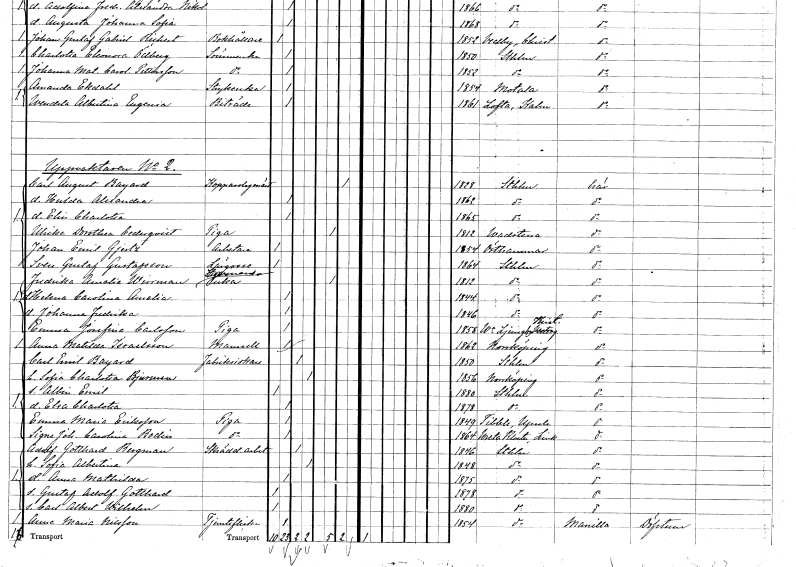
gt_parse: households: individuals: FN: Carl August
EN: Bayard
YRKE: Kopparslagaremästare
KON: M
CIV: X
FODAR: 1828
FODFORS: Stockholm
FN: Hulda Alexandra
KON: K
CIV: O
FODAR: 1862
FODFORS: Stockholm
FN: Elin Charlotta
KON: K
CIV: O
FODAR: 1865
FODFORS: Stockholm
FN: Ulrika Dorothea
EN: Cederqvist
YRKE: Piga
KON: K
CIV: E
FODAR: 1812
FODFORS: Vadstena Östergötlands län
FN: Johan Emil
EN: Gjertz
YRKE: Arbetare
KON: M
CIV: O
FODAR: 1854
FODFORS: Östhammar Uppsala län
FN: Sven Gustaf
EN: Gustafsson
YRKE: Lärgosse
KON: M
CIV: O
FODAR: 1864
FODFORS: Stockholm
FN: Fredrika Amalia
EN: Wirrman
YRKE: Styrmansänka
KON: K
CIV: E
FODAR: 1812
FODFORS: Stockholm
FN: Helena Carolina Amalia
KON: K
CIV: O
FODAR: 1844
FODFORS: Stockholm
FN: Johanna Fredrika
KON: K
CIV: O
FODAR: 1846
FODFORS: Stockholm
FN: Emma Josefina
EN: Carlsson
YRKE: Piga
KON: K
CIV: O
FODAR: 1858
FODFORS: Västra Ljungby Kristianstads län
FN: Anna Matilda
EN: Israelsson
KON: K
CIV: O
FODAR: 1862
FODFORS: Norrköping Östergötlands län
FN: Carl Emil
EN: Bayard
YRKE: Fabriksidkare
KON: M
CIV: G
FODAR: 1850
FODFORS: Stockholm
FN: Sofia Charlotta
EN: Bjurman
KON: K
CIV: G
FODAR: 1856
FODFORS: Norrköping Östergötlands län
FN: Albin Emil
KON: M
CIV: O
FODAR: 1880
FODFORS: Stockholm
FN: Elsa Charlotta
KON: K
CIV: O
FODAR: 1878
FODFORS: Stockholm
FN: Emma Maria
EN: Eriksson
YRKE: Piga
KON: K
CIV: O
FODAR: 1849
FODFORS: Tibble Uppsala län
FN: Signe Johanna Carolina
EN: Bodin
YRKE: Piga
KON: K
CIV: O
FODAR: 1864
FODFORS: Vreta kloster Östergötlands län
FN: Adolf Gotthard
EN: Bergman
YRKE: Skrädderiarbetare
KON: M
CIV: G
FODAR: 1846
FODFORS: Stockholm
FN: Sofia Albertina
KON: K
CIV: G
FODAR: 1848
FODFORS: Stockholm
FN: Anna Mathilda
KON: K
CIV: O
FODAR: 1875
FODFORS: Stockholm
FN: Gustaf Adolf Gotthard
KON: M
CIV: O
FODAR: 1878
FODFORS: Stockholm
FN: Carl Albert Wilhelm
KON: M
CIV: O
FODAR: 1880
FODFORS: Stockholm
FN: Anna Maria
EN: Nilsson
YRKE: Tjänsteflicka
KON: K
CIV: O
FODAR: 1854
FODFORS: Stockholm